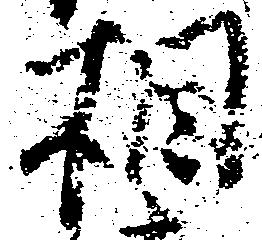
相